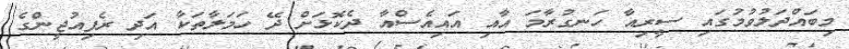
މިބައްދަލުވުމުގައި ސީރިއާ ހަނގުރާމަ އާއި އައިއެސްއާ ދެކޮޅަށް ދޭ ހަމަލާތަކާ އަދި ރެފިއުޖީންގެ